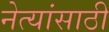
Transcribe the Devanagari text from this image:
नेत्यांसाठी